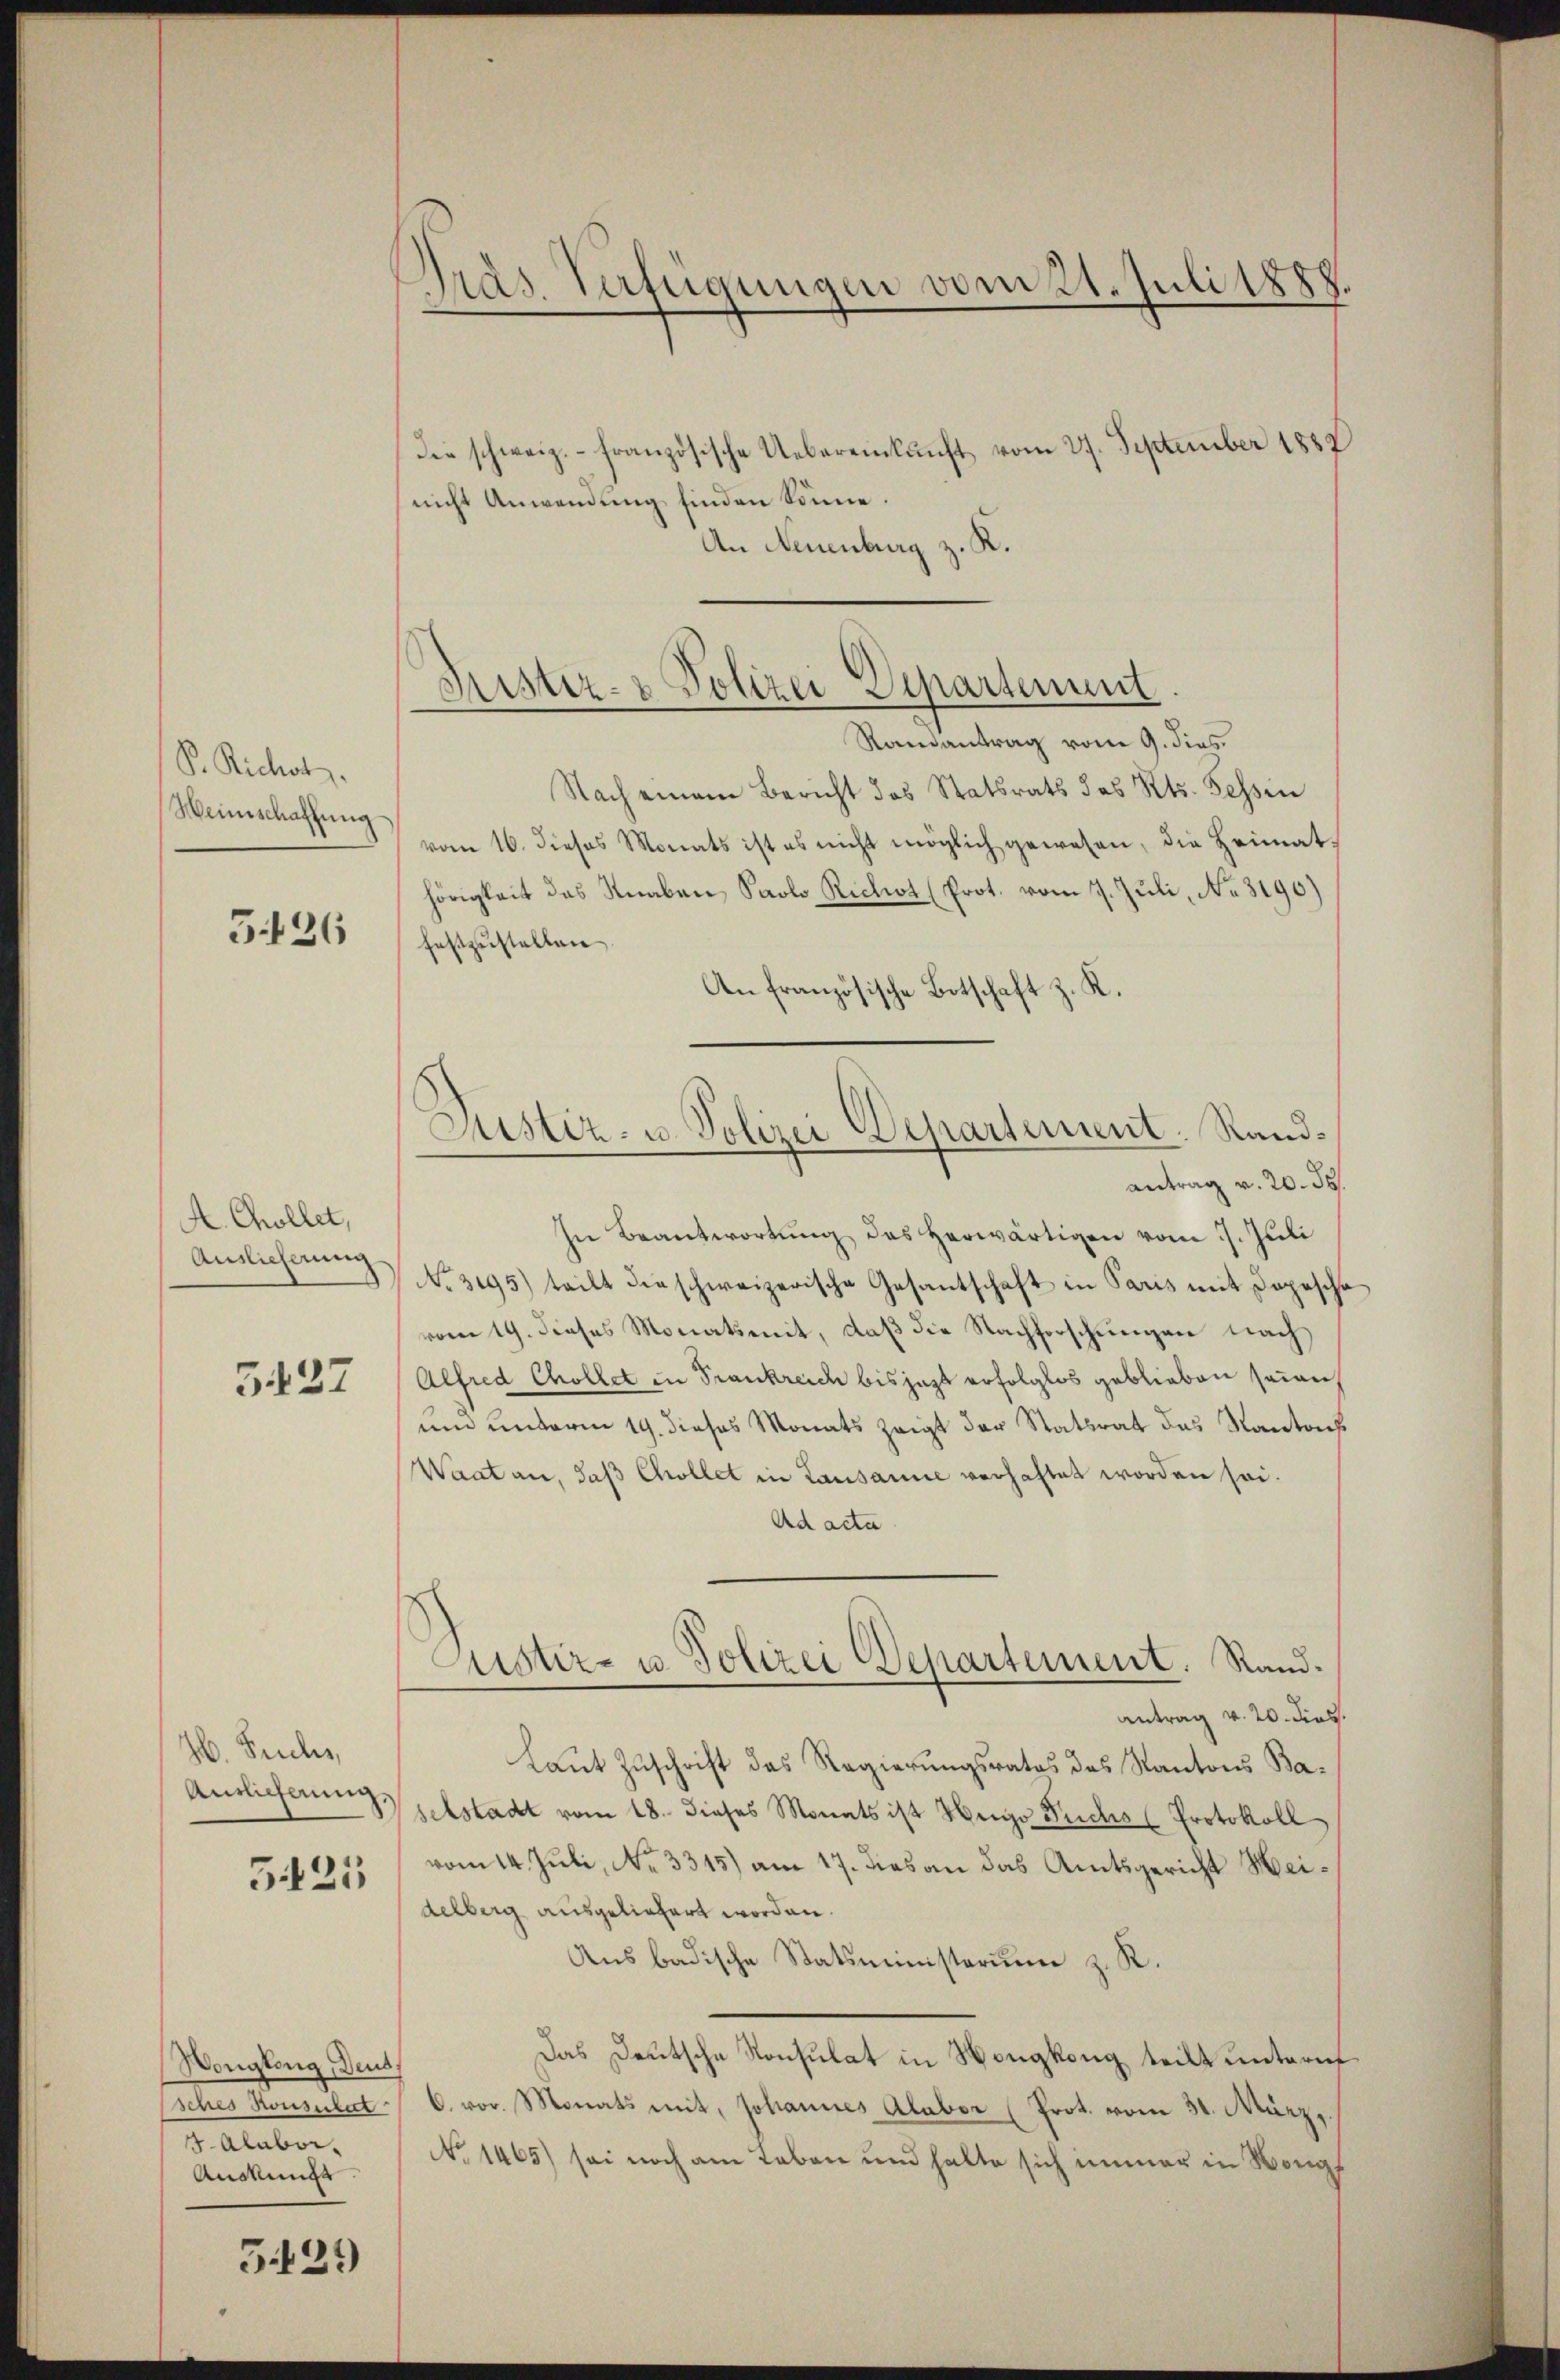
P. Richt.
Weinschaffung

5.126

A. Chollet,
Auslieferung

5427

H. Fuchs,
Antlichnung,

5425

Wonglung, Deut
4. Alabor
Anssunge

5429

Präs. Verfügungen vom 21. Juli 1888
.

Frister- & Polizei Departement.

Die schweiz.- französische Uebereinkunft vom 27. September 1882
nicht Anwendung finden könne.
An Neuenburg z. K.
Randantrag vom 9. dies
Nach einem Bericht des Statsrats des Kts. Fessen
vom 16. dieses Monats ist es nicht möglich gewesen, die Heimathörigkeit des Knaben, Paolo Richt (Prot. vom 7. Juli, No. 3190)
festzustellen
An französische Botschaft z. K.
antrag v. 20. d.
In Beantwortung des herwärtigen vom 5. Juli
No. 3195) teilt die schweizerische Gesantschaft in Paris mit Depesche
vom 19. dieses Monatsmit, daß die Nachforschungen nach
Alfred Chollet in Frankreich bis jezt erfolglos geblieben seien,
um unterm 19. dieses Monats zeigt der Statsrat das Kantons
Waat an, daß Chollet in Lausanne verhaftet worden sei.
Ad acta
Justiz- u. Polizei Departement. Rand¬
Antrag v. 20. dies.
Laut Zuschrift des Regierungsrates des Kantons Baselstadt vom 18. dieses Monats ist Hugo Fuchs (Protokoll
vom 14. Juli, No. 3315) am 17. Dies an das Amtsgericht Meidelberg ausgeliefert worden.
Ansbadische Statsministerum z. R.
Das Deutsche Konsulat in Nongkong teilt untern
Esches Konsulat C. vor. Monats mit, Johannes Alaber (Prot. vom 31. März,
No. 1465) sei noch am Leben und halte sich immer in Wang

Justiz- u. Polizei Departement. Rand¬